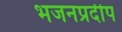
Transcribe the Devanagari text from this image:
भजनप्रदीप